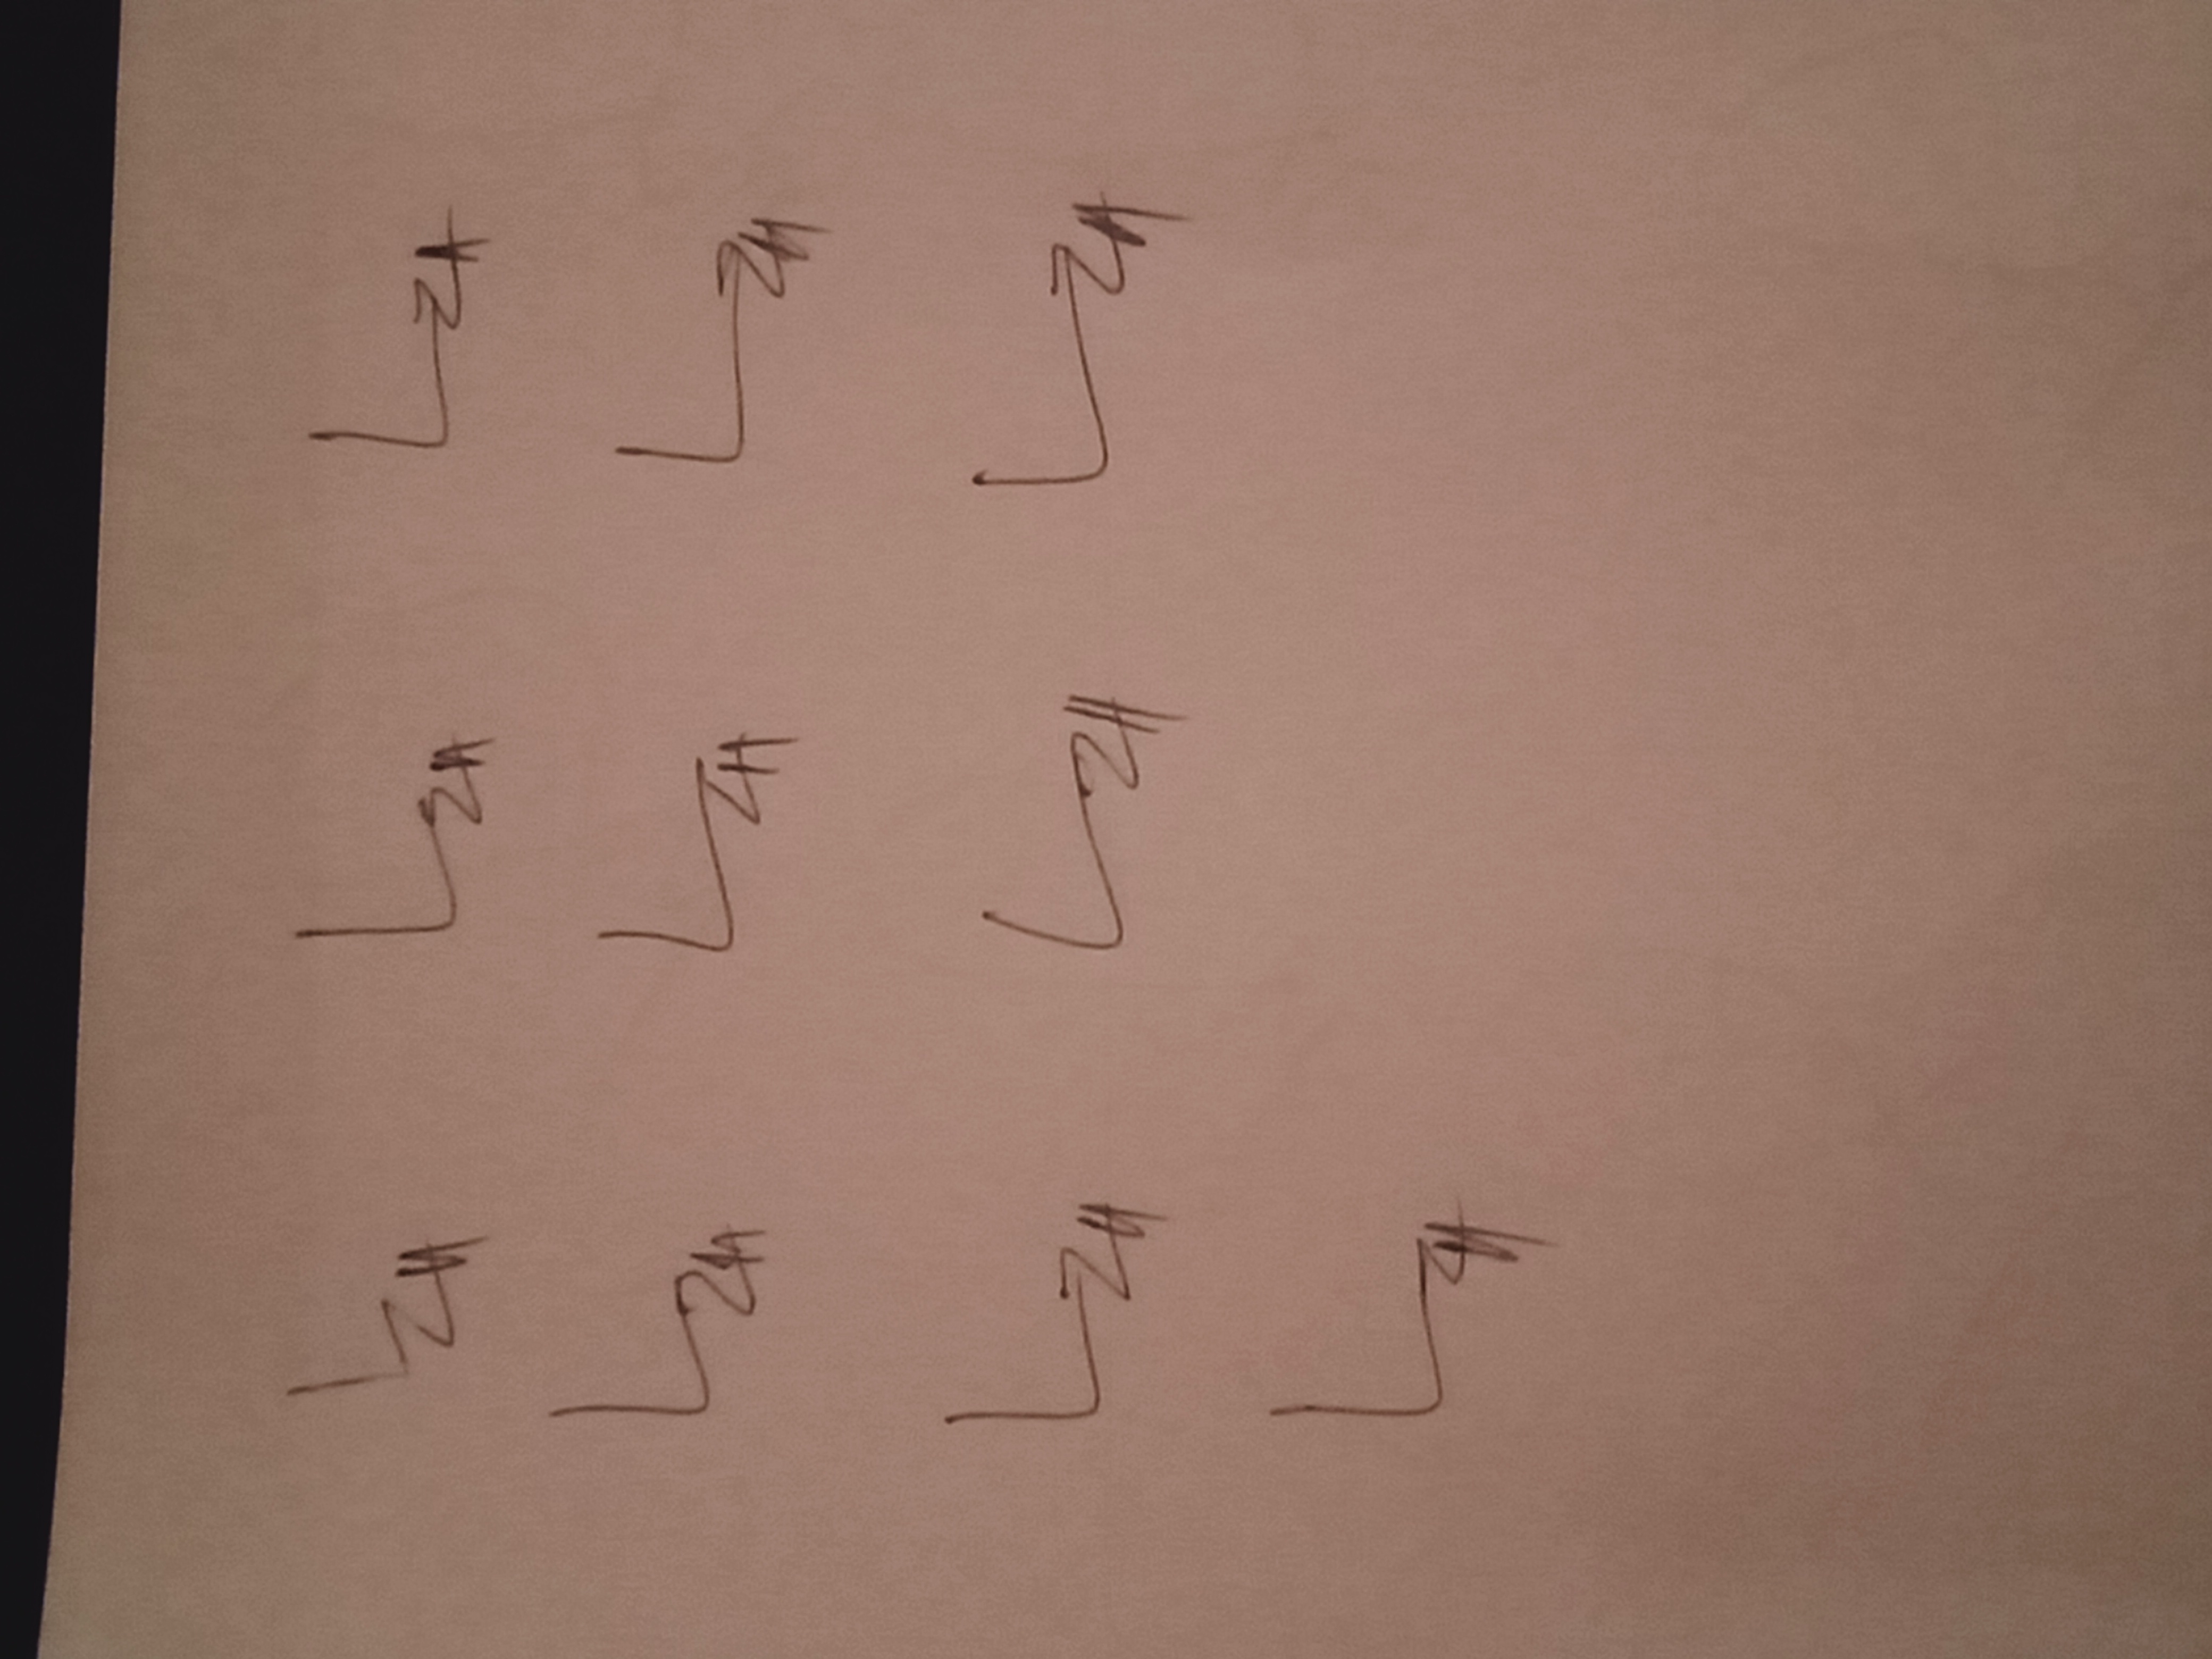
Signature authenticity: genuine